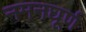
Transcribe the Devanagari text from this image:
नमनघूर्ण